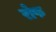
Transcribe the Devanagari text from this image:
रोफ